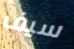
سيف